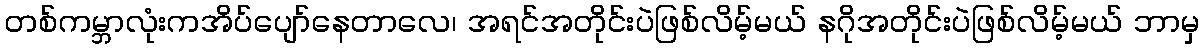
တစ်ကမ္ဘာလုံးကအိပ်ပျော်နေတာလေ၊ အရင်အတိုင်းပဲဖြစ်လိမ့်မယ် နဂိုအတိုင်းပဲဖြစ်လိမ့်မယ် ဘာမှ